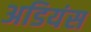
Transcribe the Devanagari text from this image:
अडियंस